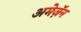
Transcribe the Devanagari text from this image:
अमेज़ॅन